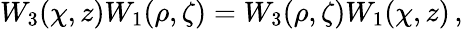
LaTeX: W_{3}(\chi,z)W_{1}(\rho,\zeta)=W_{3}(\rho,\zeta)W_{1}(\chi,z)\, ,